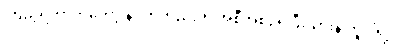
ကြည့်ရတာကတော့ နဂိုကတည်းက အစီအစဉ်ရှိပြီးသားနဲ့ တူပါရဲ့။